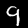
Label: 9